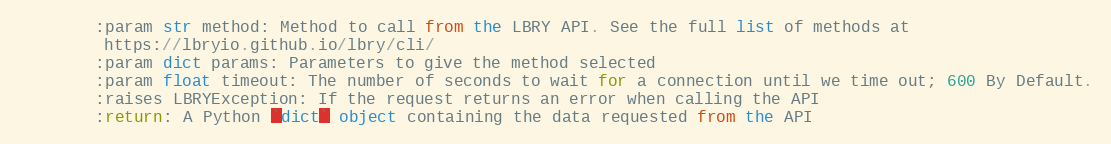
Language: Python
        :param str method: Method to call from the LBRY API. See the full list of methods at
         https://lbryio.github.io/lbry/cli/
        :param dict params: Parameters to give the method selected
        :param float timeout: The number of seconds to wait for a connection until we time out; 600 By Default.
        :raises LBRYException: If the request returns an error when calling the API
        :return: A Python `dict` object containing the data requested from the API